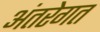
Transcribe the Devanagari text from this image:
अंतरेगत